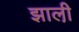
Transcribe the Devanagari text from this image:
झाली़